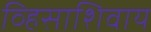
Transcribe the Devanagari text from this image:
व्हिसाशिवाय